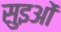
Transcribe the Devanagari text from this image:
सुइओं